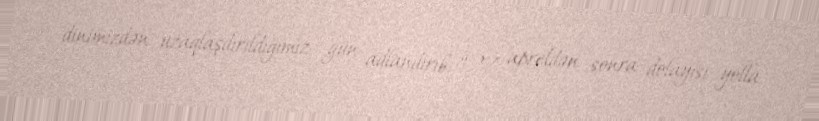
dinimizdən uzaqlaşdırıldığımız gün adlandırıb: “27 apreldən sonra dolayısı yolla